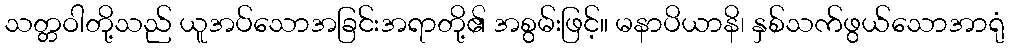
သတ္တဝါတို့သည် ယူအပ်သောအခြင်းအရာတို့၏ အစွမ်းဖြင့်။ မနာပိယာနိ၊ နှစ်သက်ဖွယ်သောအာရုံ